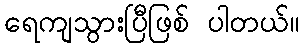
ရေကျသွားပြီဖြစ် ပါတယ်။